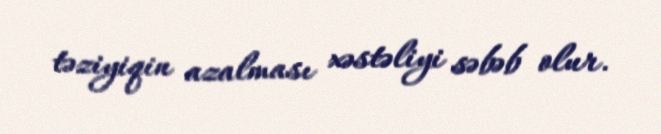
təziyiqin azalması xəstəliyi səbəb olur.